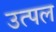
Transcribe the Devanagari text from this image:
उत्‍पल